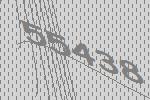
55438